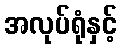
အလုပ်ရုံနှင့်